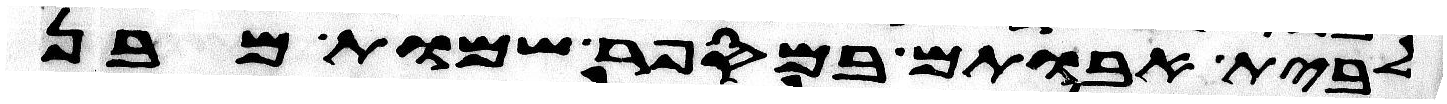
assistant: לבית אבותם במספר שמות מבן